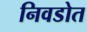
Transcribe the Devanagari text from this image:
निवडोत